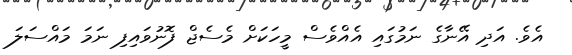
އެވެ. އަދި އޭނާގެ ނަމުގައި އެއްވެސް މީހަކަށް މެސެޖް ފޮނުވައިފި ނަމަ މައްސަލަ